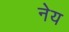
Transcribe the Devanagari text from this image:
नेय